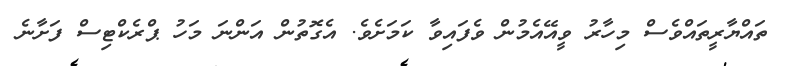
ތައްޔާރީތައްވެސް މިހާރު ވީއޭއެމުން ވެފައިވާ ކަމަށެވެ. އެގޮތުން އަންނަ މަހު ޕްރެކްޓިސް ފަށާނެ